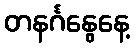
တနင်္ဂနွေနေ့